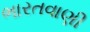
ભારતવાણી